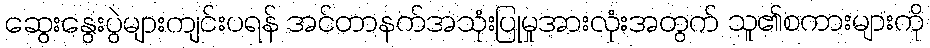
ဆွေးနွေးပွဲများကျင်းပရန် အင်တာနက်အသုံးပြုမှုအားလုံးအတွက် သူ၏စကားများကို